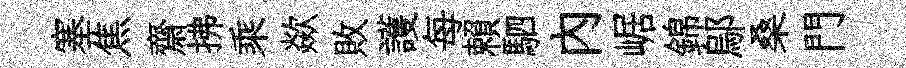
塞焦齋拂乘歘敗護每賴駟内崌錦鄔桑門